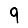
Digit: 9